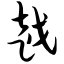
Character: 越